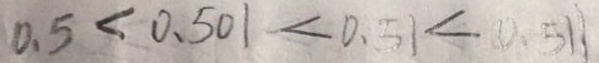
0 . 5 < 0 . 5 0 1 < 0 . 5 1 < 0 . 5 1 1